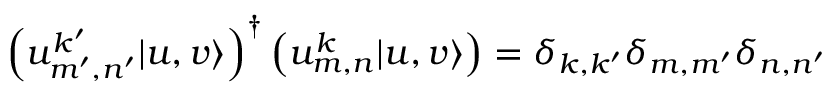
\left( u _ { m ^ { \prime } , n ^ { \prime } } ^ { k ^ { \prime } } | u , v \rangle \right) ^ { \dagger } \left( u _ { m , n } ^ { k } | u , v \rangle \right) = \delta _ { k , k ^ { \prime } } \delta _ { m , m ^ { \prime } } \delta _ { n , n ^ { \prime } }